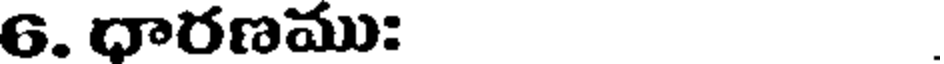
6. ధారణము: